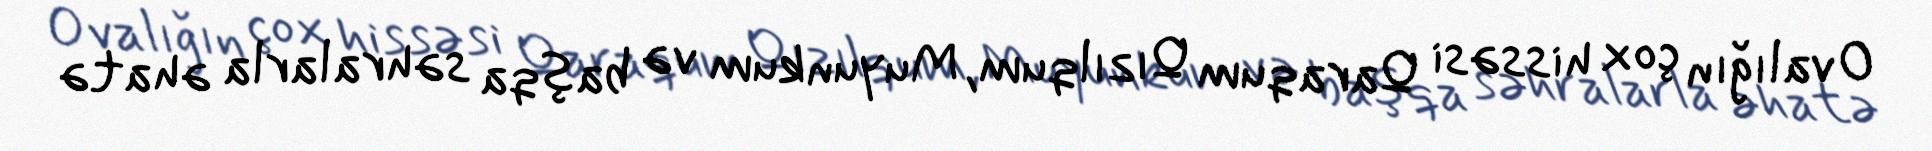
Ovalığın çox hissəsi Qaraqum Qızılqum, Muyunkum və başqa səhralarla əhatə